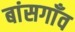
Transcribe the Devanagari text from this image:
बांसगाँव